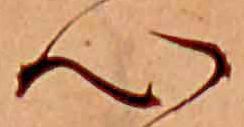
心